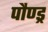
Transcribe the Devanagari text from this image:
पौण्ड्र